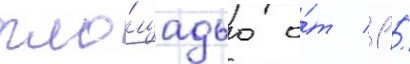
пло́щадью о́т 1 /